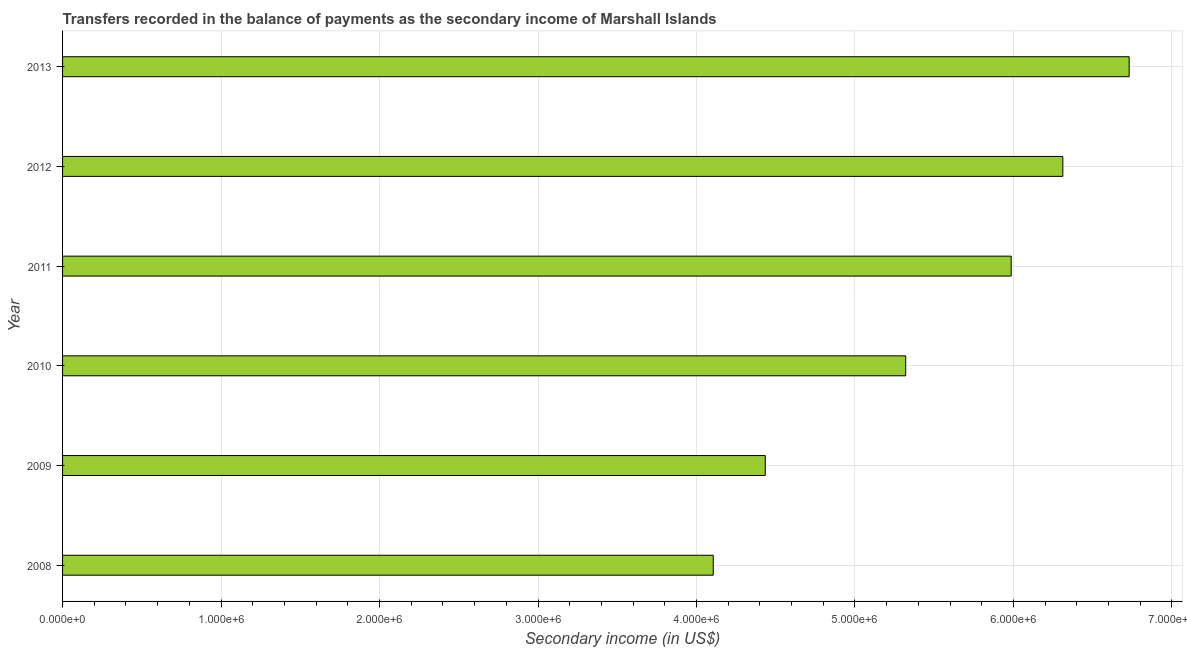
| Year | Secondary income |
 | --- | --- |
 | 2008 | 4.11e+06 |
 | 2009 | 4.43e+06 |
 | 2010 | 5.32e+06 |
 | 2011 | 5.99e+06 |
 | 2012 | 6.31e+06 |
 | 2013 | 6.73e+06 |